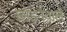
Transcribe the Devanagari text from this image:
छोड़नेवाले